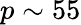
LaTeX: p\sim 55